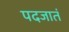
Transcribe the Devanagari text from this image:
पदजातं